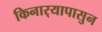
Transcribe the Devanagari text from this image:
किनार्‍यापासुन